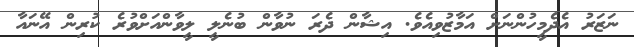
ނަޒަރު އެދެމީހުންނަށް އަމާޒުވިއެވެ. އިޝާން ދެރަ ނުވާން ބުނެލީ ލީވާންއަށްވުރެ ކުރިން އޭނައާ